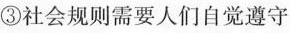
③社会规则需要人们自觉遵守